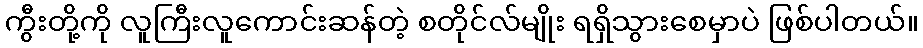
ကွီးတို့ကို လူကြီးလူကောင်းဆန်တဲ့ စတိုင်လ်မျိုး ရရှိသွားစေမှာပဲ ဖြစ်ပါတယ်။